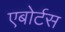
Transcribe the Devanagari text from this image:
एबोर्टस